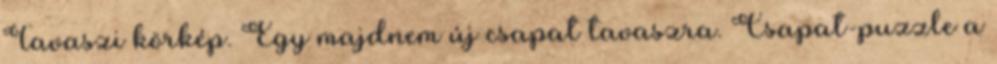
Tavaszi körkép. Egy majdnem új csapat tavaszra. Csapat-puzzle a